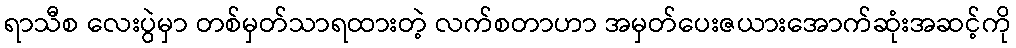
ရာသီစ လေးပွဲမှာ တစ်မှတ်သာရထားတဲ့ လက်စတာဟာ အမှတ်ပေးဇယားအောက်ဆုံးအဆင့်ကို